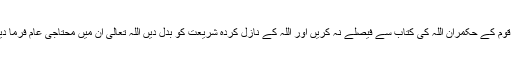
۵- جس قوم کے حکمران اللہ کی کتاب سے فیصلے نہ کریں اور اللہ کے نازل کردہ شریعت کو بدل دیں اللہ تعالیٰ ان میں محتاجی عام فرما دیتا ہے‘‘۔